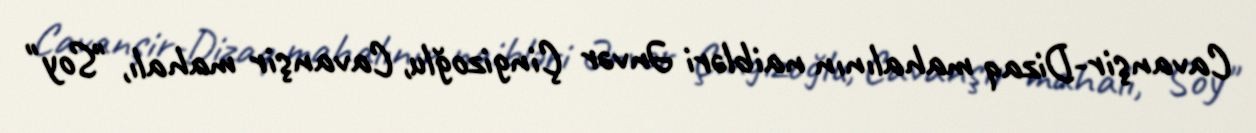
Cavanşir-Dizaq mahalının naibləri Ənvər Çingizoğlu, Cavanşir mahalı, "Soy"